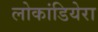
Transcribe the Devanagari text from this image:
लोकांडियेरा